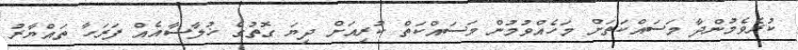
ކުރެވެމުންދާ މަސައްކަތަށް މަހެއްވުމުން މަސައްކަތް ކުރިއަށް ދިޔަ ގޮތުގެ ޚުލާސާއެއް ފަރަހާ ތައްޔާރު